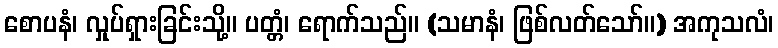
စောပနံ၊ လှုပ်ရှားခြင်းသို့။ ပတ္တံ၊ ရောက်သည်။ (သမာနံ၊ ဖြစ်လတ်သော်။) အကုသလံ၊